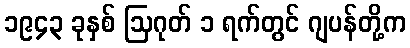
၁၉၄၃ ခုနှစ် ဩဂုတ် ၁ ရက်တွင် ဂျပန်တို့က